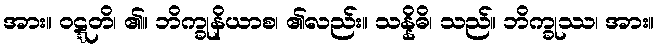
အား။ ဝဋ္ဋတိ၊ ၏။ ဘိက္ခုနိယာစ၊ ၏လည်း။ သန္နိဓိ၊ သည်။ ဘိက္ခုဿ၊ အား။